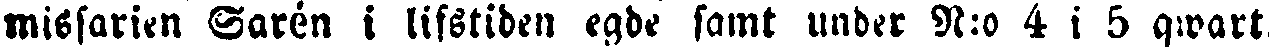
missarien Sarén i lifstiden egde samt under N:o 4 i 5 qwart